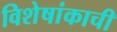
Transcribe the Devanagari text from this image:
विशेषांकाची